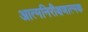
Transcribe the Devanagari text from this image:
आत्मनिरीक्षणात्मक